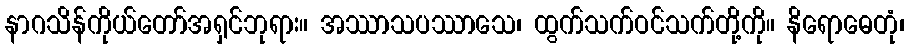
နာဂသိန်ကိုယ်တော်အရှင်ဘုရား။ အဿာသပဿာသေ၊ ထွက်သက်ဝင်သက်တို့ကို။ နိရောဓေတုံ၊